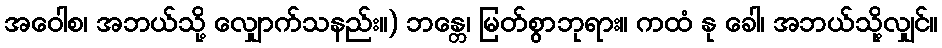
အဝေါစ၊ အဘယ်သို့ လျှောက်သနည်း။) ဘန္တေ၊ မြတ်စွာဘုရား။ ကထံ နု ခေါ၊ အဘယ်သို့လျှင်။